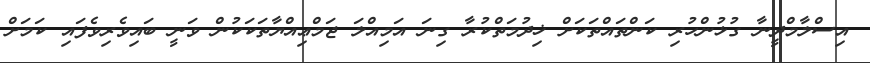
އިސްލާމްދީނާ ގުޅުންހުރި ކަންތައްތަކަށް ޚިދުމަތްކުރާާ ގިނަ އަމިއްލަ ޖަމްޢިއްޔާތަކަކުން ވަނީ ބައިވެރިވެފައި ކަމަށް